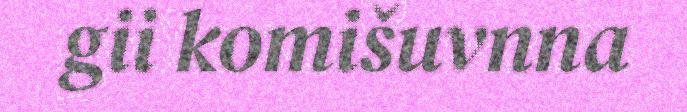
gii komišuvnna